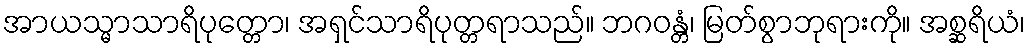
အာယသ္မာသာရိပုတ္တော၊ အရှင်သာရိပုတ္တရာသည်။ ဘဂဝန္တံ၊ မြတ်စွာဘုရားကို။ အစ္ဆရိယံ၊